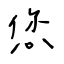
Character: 您